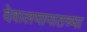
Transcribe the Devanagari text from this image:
देवालयापाठच्या